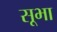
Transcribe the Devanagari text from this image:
सूभा